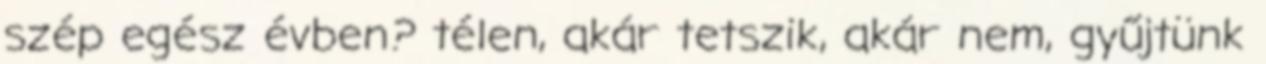
szép egész évben? télen, akár tetszik, akár nem, gyűjtünk